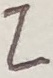
Text: Z